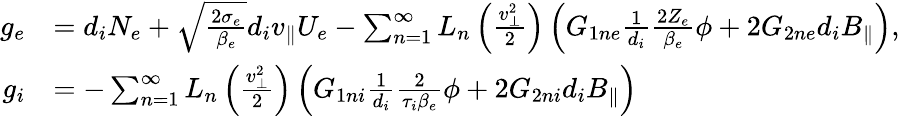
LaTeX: \begin{array}{rl}{g_{e}}&{=d_{i}N_{e}+\sqrt{\frac{2\sigma_{e}}{\beta_{e}}}d_{i}v_{\parallel}U_{e}-\sum_{n=1}^{\infty}L_{n}\left(\frac{v_{\perp}^{2}}{2}\right)\left(G_{1ne}\frac{1}{d_{i}}\frac{2Z_{e}}{\beta_{e}}\phi+2G_{2ne}d_{i}B_{\parallel}\right),}\\ {g_{i}}&{=-\sum_{n=1}^{\infty}L_{n}\left(\frac{v_{\perp}^{2}}{2}\right)\left(G_{1ni}\frac{1}{d_{i}}\frac{2}{\tau_{i}\beta_{e}}\phi+2G_{2ni}d_{i}B_{\parallel}\right)}\end{array}